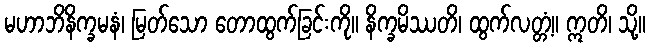
မဟာဘိနိက္ခမနံ၊ မြတ်သော တောထွက်ခြင်းကို။ နိက္ခမိဿတိ၊ ထွက်လတ္တံ့။ ဣတိ၊ သို့။